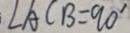
\angle A C B = 9 0 ^ { \circ }